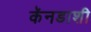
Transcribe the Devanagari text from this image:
कॅनडाशी